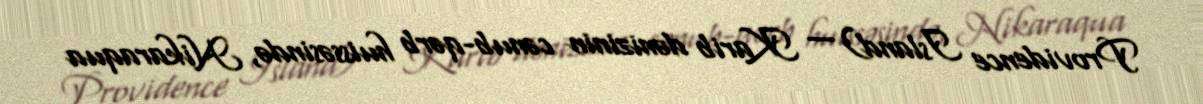
Providence Island) — Karib dənizinin cənub-qərb huissəsində, Nikaraqua